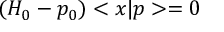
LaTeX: \left( H _ { 0 } - p _ { 0 } \right) < x | p > = 0